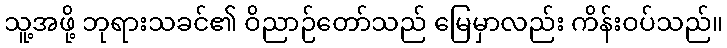
သူ့အဖို့ ဘုရားသခင်၏ ဝိညာဉ်တော်သည် မြေမှာလည်း ကိန်းဝပ်သည်။